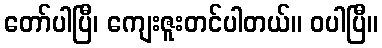
တော်ပါပြီ၊ ကျေးဇူးတင်ပါတယ်။ ဝပါပြီ။